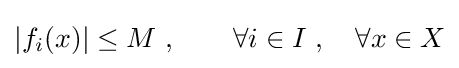
|f_{i}(x)|\leq M\ ,\qquad \forall i\in I\ ,\quad \forall x\in X